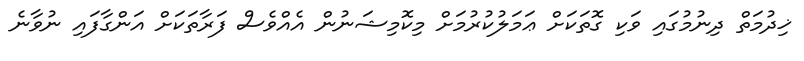
ޚިދުމަތް ދިނުމުގައި ވަކި ގޮތަކަށް ޢަމަލުކުރުމަށް މިކޮމިޝަނުން އެއްވެސް ފަރާތަކަށް އަންގާފައި ނުވާނެ